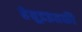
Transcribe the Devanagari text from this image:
हेवूडइतकी